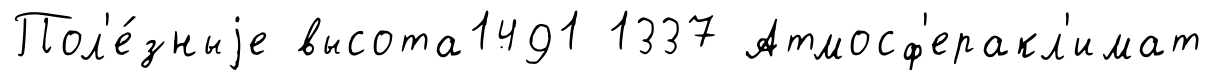
Пол'е́зныjе высота1491 1337 Атмосф'еракл'имат